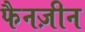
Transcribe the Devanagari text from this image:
फैनज़ीन